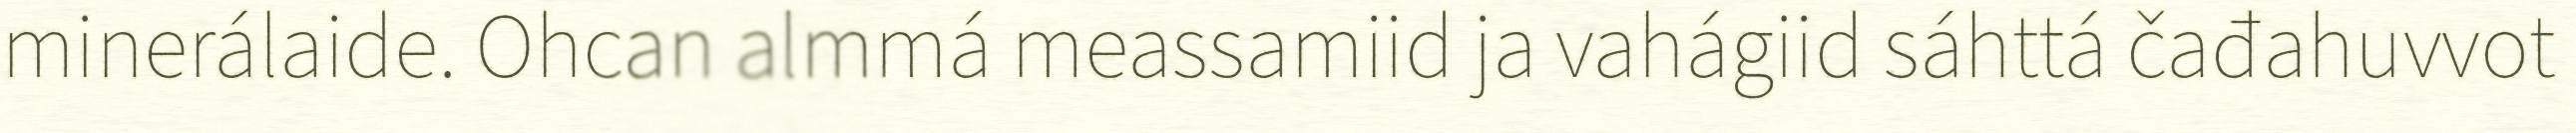
minerálaide. Ohcan almmá meassamiid ja vahágiid sáhttá čađahuvvot